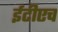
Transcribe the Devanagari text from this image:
ईटीएच